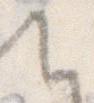
て